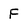
Character: F